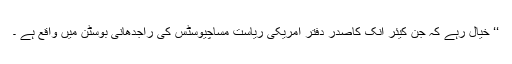
‘‘ خیال رہے کہ جَن کیئر اِنک کاصدر دفتر امریکی ریاست مساچیوسٹس کی راجدھانی بوسٹن میں واقع ہے ۔